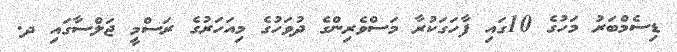
ޑިސެމްބަރު މަހުގެ 10ގައި ފާހަގަކުރާ މަސްވެރިންގެ ދުވަހުގެ މިއަހަރުގެ ރަސްމީ ޖަލްސާގައި ދ.